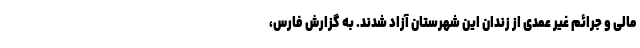
مالی و جرائم غیر عمدی از زندان این شهرستان آزاد شدند. به گزارش فارس،